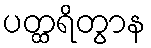
ပတ္ထရိတွာန